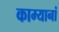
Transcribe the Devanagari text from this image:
काम्यानां